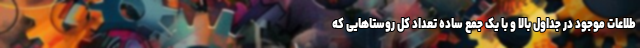
طلاعات موجود در جداول بالا و با یک جمع ساده تعداد کل روستاهایی که